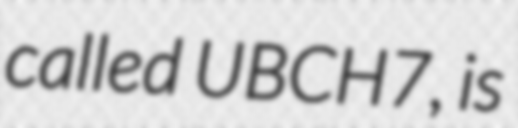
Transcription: called UBCH7, is